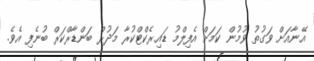
އޭނާއަށް ވަގުތު ވުމުން ކަމަށް އެފިލްމު ޑައިރެކްޓްކުރާ މަދުރް ބަންޑާރްކަރް ބުނެފި އެވެ.